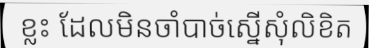
ខ្លះ ដែលមិនចាំបាច់ស្នើសុំលិខិត